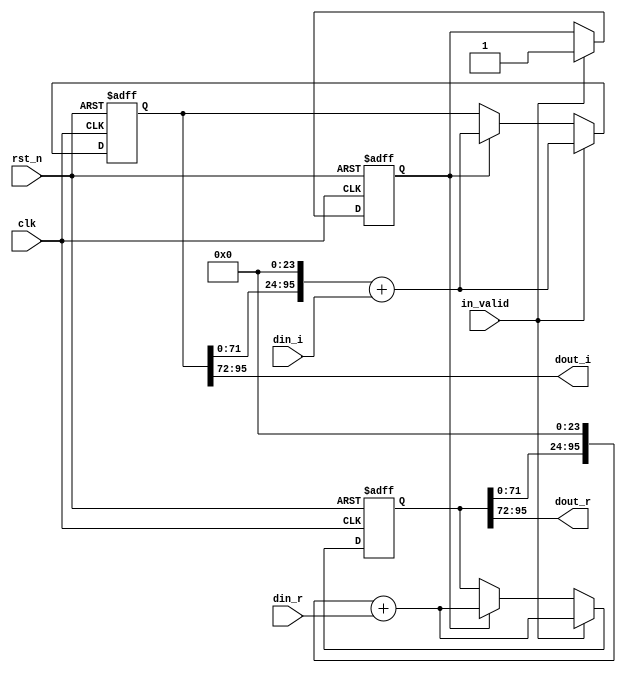
module shift_4(
input clk,
input rst_n,
input in_valid,
input signed [23:0] din_r,
input signed [23:0] din_i,
output signed [23:0] dout_r,
output signed [23:0] dout_i
);
integer i ;
reg [95:0] shift_reg_r ;
reg [95:0] shift_reg_i ;
reg [95:0] tmp_reg_r ;
reg [95:0] tmp_reg_i ;
reg [3:0] counter_4,next_counter_4;
reg valid,next_valid;

assign dout_r    = shift_reg_r[95:72];
assign dout_i    = shift_reg_i[95:72];

always@(*)begin
    next_counter_4 = counter_4 + 3'd1;
    tmp_reg_r = shift_reg_r;
    tmp_reg_i = shift_reg_i;
    next_valid = valid;
end

always@(posedge clk or negedge rst_n)begin
    if(~rst_n)begin
        shift_reg_r <= 0;
        shift_reg_i <= 0;
        counter_4  <= 0;
        valid <= 0;
    end
    else 
    if (in_valid)begin
        counter_4        <= next_counter_4;
        shift_reg_r      <= (tmp_reg_r<<24) + din_r;
        shift_reg_i      <= (tmp_reg_i<<24) + din_i;
        valid            <= in_valid;
    end else if(valid)begin
        counter_4        <= next_counter_4;
        shift_reg_r      <= (tmp_reg_r<<24) + din_r;
        shift_reg_i      <= (tmp_reg_i<<24) + din_i;
        valid            <= next_valid;        
    end
end

endmodule